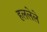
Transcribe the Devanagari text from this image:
हललेले